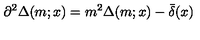
\partial ^ { 2 } \Delta ( m ; x ) = m ^ { 2 } \Delta ( m ; x ) - \bar { \delta } ( x )